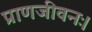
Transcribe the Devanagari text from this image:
प्राणजीवनः।